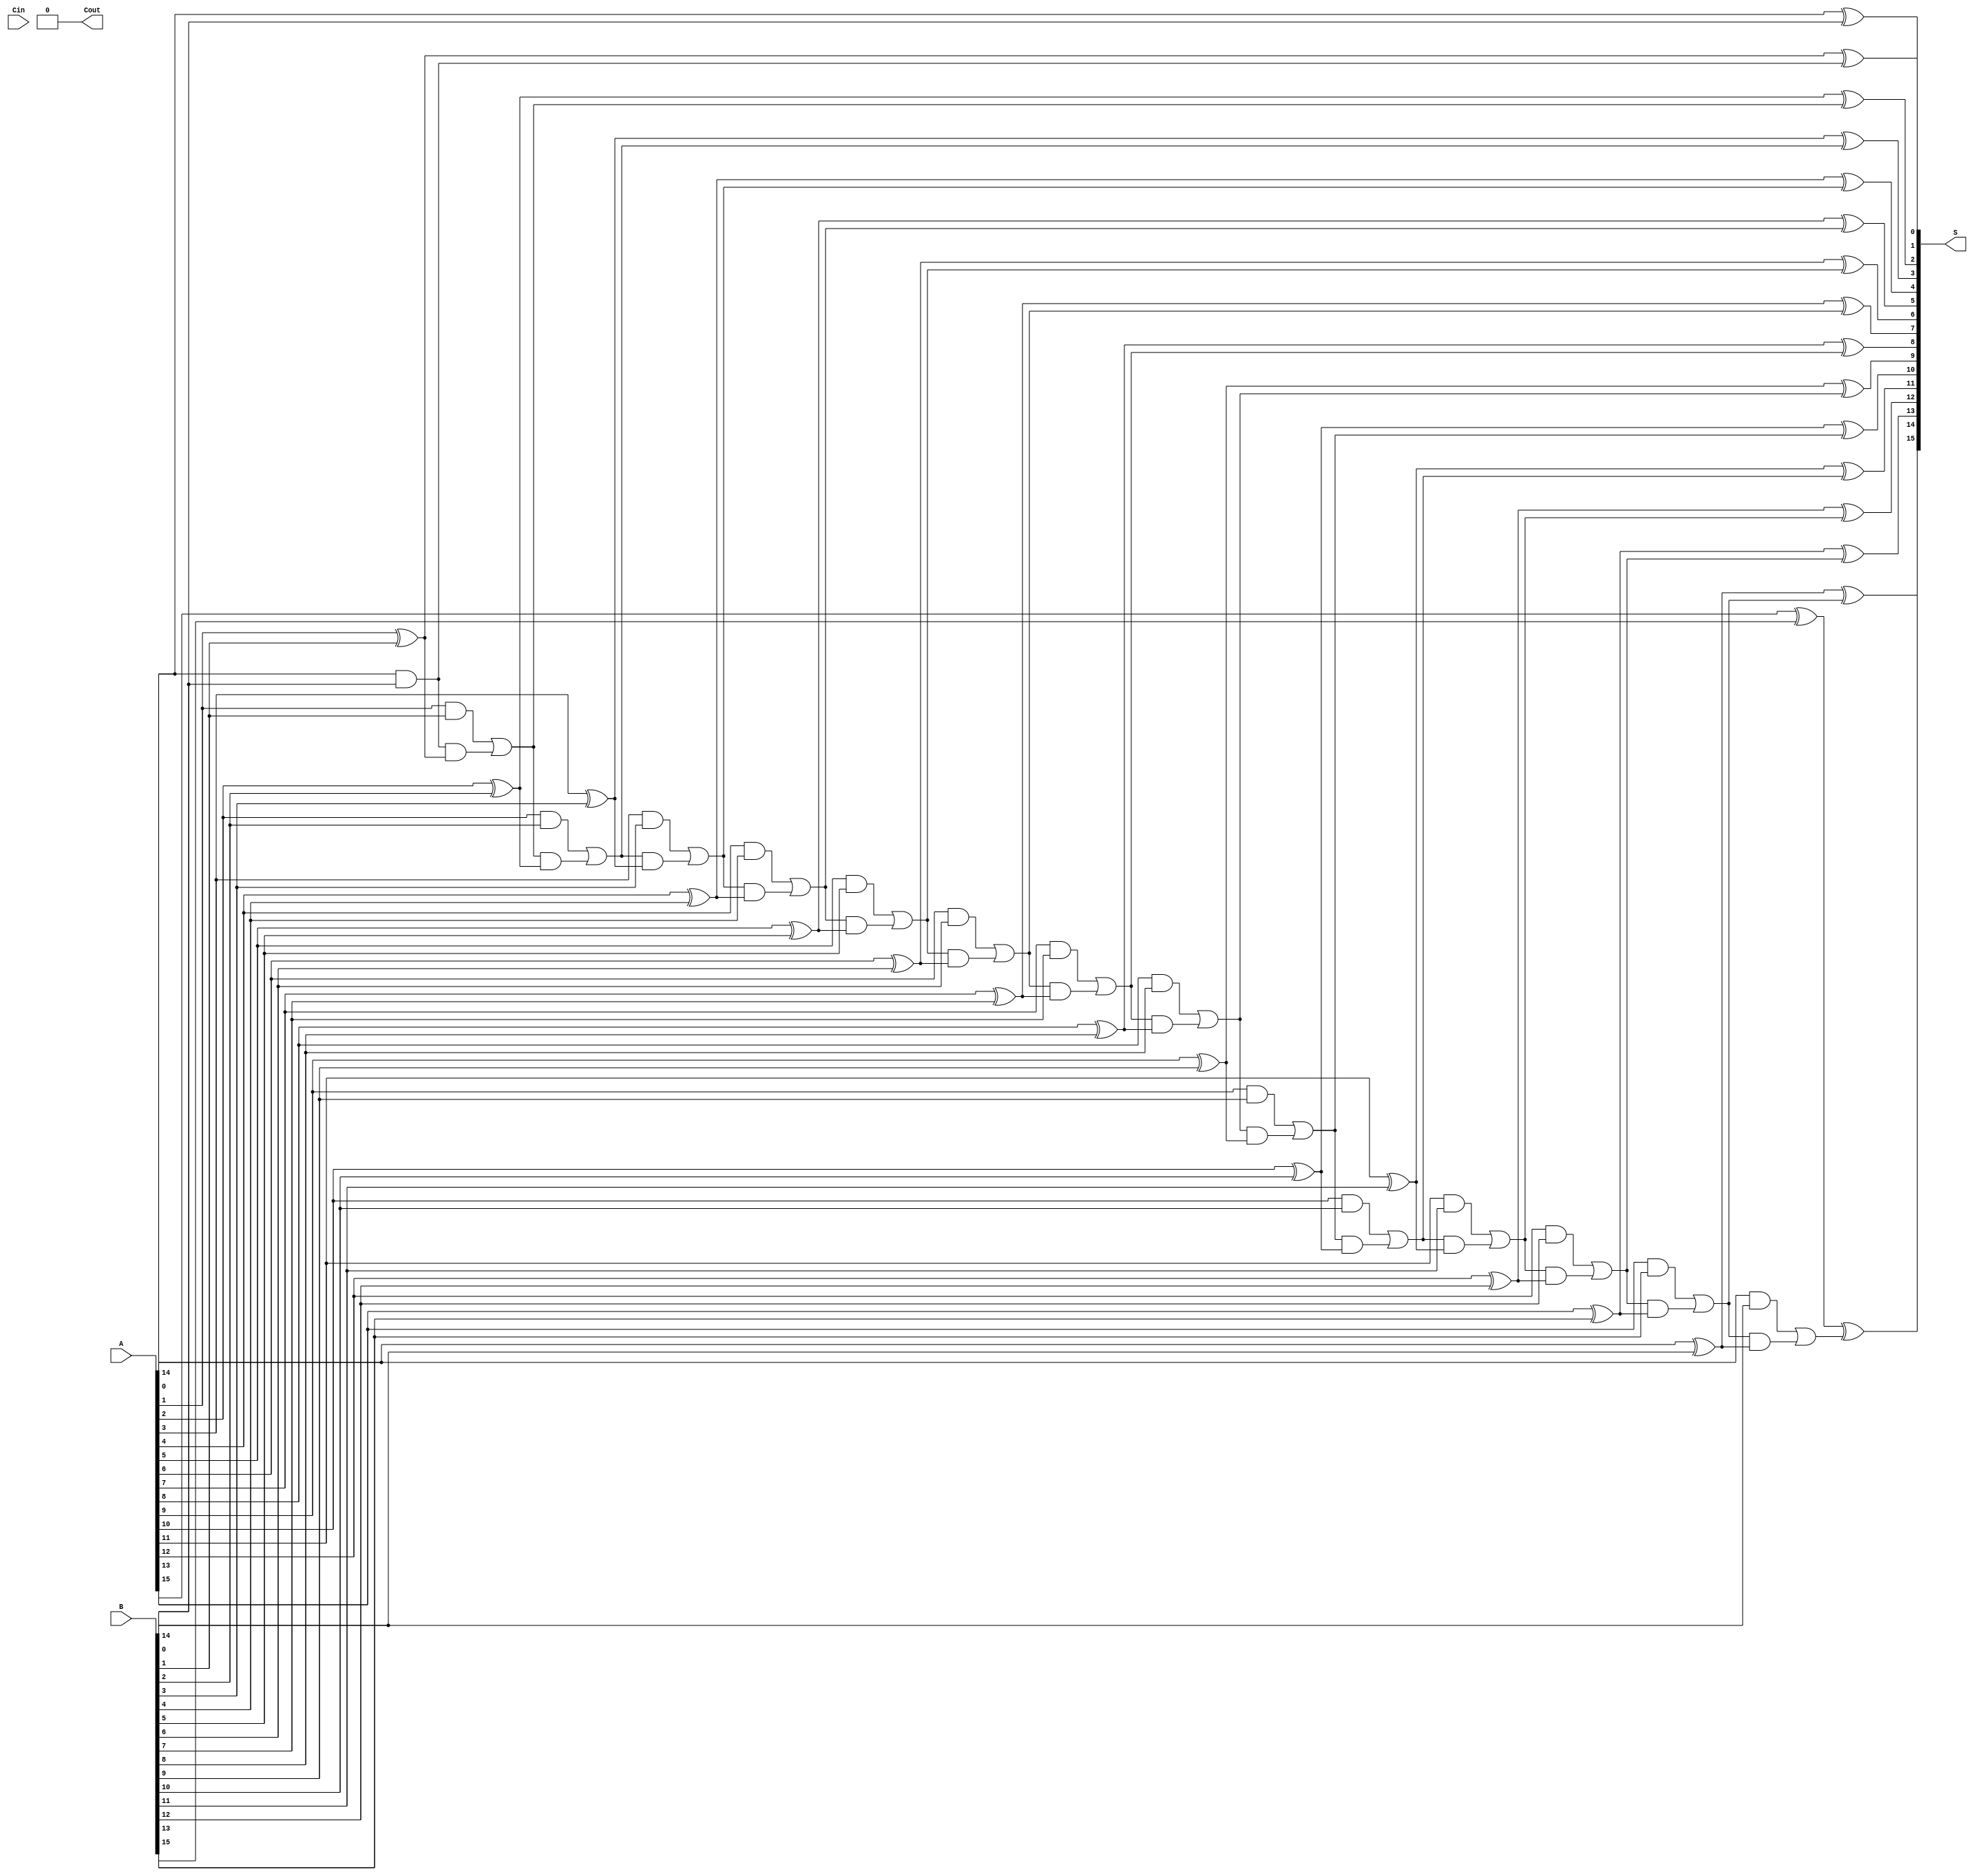
module RCA_CSA #(
    parameter WIDTH = 16 // Bit-width of the inputs
) (
    input  [WIDTH-1:0] A,       // First input
    input  [WIDTH-1:0] B,       // Second input
    input         Cin,           // Carry input
    output [WIDTH-1:0] S,       // Sum output
    output        Cout           // Carry output
);

    function [WIDTH-1:0] ripple_carry_adder;
        input [WIDTH-1:0] A;
        input [WIDTH-1:0] B;
        input Cin;
        reg [WIDTH-1:0] S;
        reg carry;
        integer i;
        begin
            carry = Cin;
            for (i = 0; i < WIDTH; i = i + 1) begin
                S[i] = A[i] ^ B[i] ^ carry;
                carry = (A[i] & B[i]) | (carry & (A[i] ^ B[i]));
            end
            ripple_carry_adder = {carry, S[WIDTH-1:0]};
        end
    endfunction

    wire [WIDTH-1:0] S0, S1; // Sums when Cin=0 and Cin=1
    wire C0, C1;             // Carry outs from each RCA

    // Perform two RCA operations
    assign {C0, S0} = ripple_carry_adder(A, B, 1'b0); // RCA1
    assign {C1, S1} = ripple_carry_adder(A, B, 1'b1); // RCA2

    // Select the appropriate sum and carry based on carry out from RCA1
    assign S = (C0 == 1'b0) ? S0 : S1;
    assign Cout = (C0 == 1'b0) ? C0 : C1;

endmodule